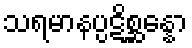
သရမာနပ္ပဋိစ္ဆန္နော